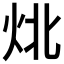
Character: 𰞃